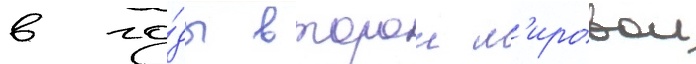
в го́ды второи м'ировои